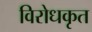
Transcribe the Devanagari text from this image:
विरोधकृत